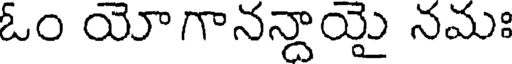
ఓం యోగానన్దాయై నమః